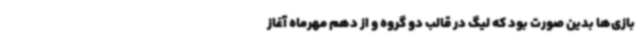
بازی‌ها بدین صورت بود که لیگ در قالب دو گروه و از دهم مهرماه آغاز